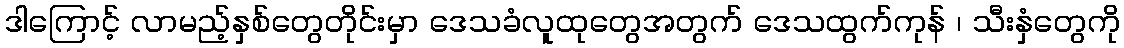
ဒါကြောင့် လာမည့်နှစ်တွေတိုင်းမှာ ဒေသခံလူထုတွေအတွက် ဒေသထွက်ကုန် ၊ သီးနှံတွေကို